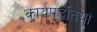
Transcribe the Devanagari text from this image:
कार्यपद्धतियां